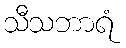
သီသဘာရံ